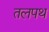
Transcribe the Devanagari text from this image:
तलपथ